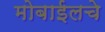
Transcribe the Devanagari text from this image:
मोबाईलचे